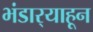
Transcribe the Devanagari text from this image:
भंडार्‍याहून